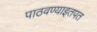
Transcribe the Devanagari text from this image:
पाठवण्याइतपत